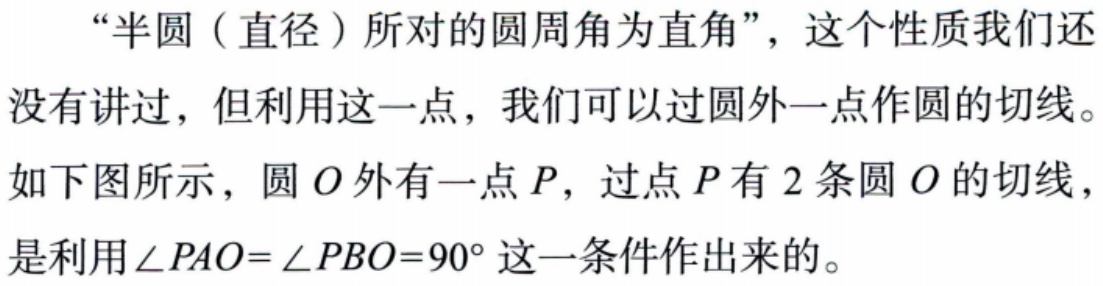
“半圆（直径）所对的圆周角为直角”，这个性质我们还没有讲过，但利用这一点，我们可以过圆外一点作圆的切线。如下图所示，圆 \(O\) 外有一点 \(P\)，过点 \(P\) 有 \(2\) 条圆 \(O\) 的切线，是利用 \(\angle PAO = \angle PBO = 90^{\circ}\) 这一条件作出来的。